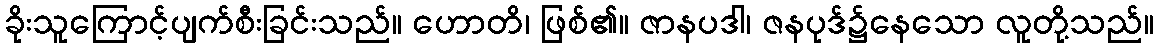
ခိုးသူကြောင့်ပျက်စီးခြင်းသည်။ ဟောတိ၊ ဖြစ်၏။ ဇာနပဒါ၊ ဇနပုဒ်၌နေသော လူတို့သည်။